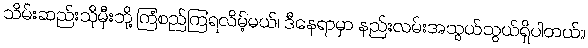
သိမ်းဆည်းသိုမှီးဘို့ ကြံစည်ကြရလိမ့်မယ်၊ ဒီနေရာမှာ နည်းလမ်းအသွယ်သွယ်ရှိပါတယ်။